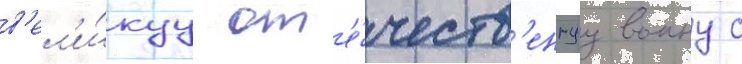
в'ел'и́куу от'е́честв'еннуу воину с